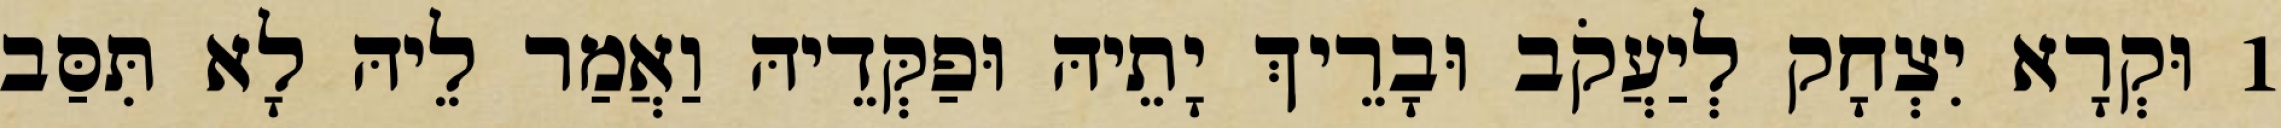
1 וּקְרָא יִצְחָק לְיַעֲקֹב וּבָרֵיךְ יָתֵיהּ וּפַקְּדֵיהּ וַאֲמַר לֵיהּ לָא תִּסַּב